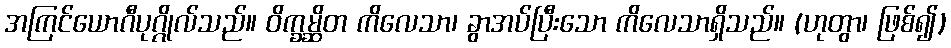
အကြင်ယောဂီပုဂ္ဂိုလ်သည်။ ဝိက္ခမ္ဆိတ ကိလေသာ၊ ခွာအပ်ပြီးသော ကိလေသာရှိသည်။ (ဟုတွာ၊ ဖြစ်၍)